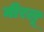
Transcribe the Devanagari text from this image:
मीरलू